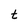
Character: t